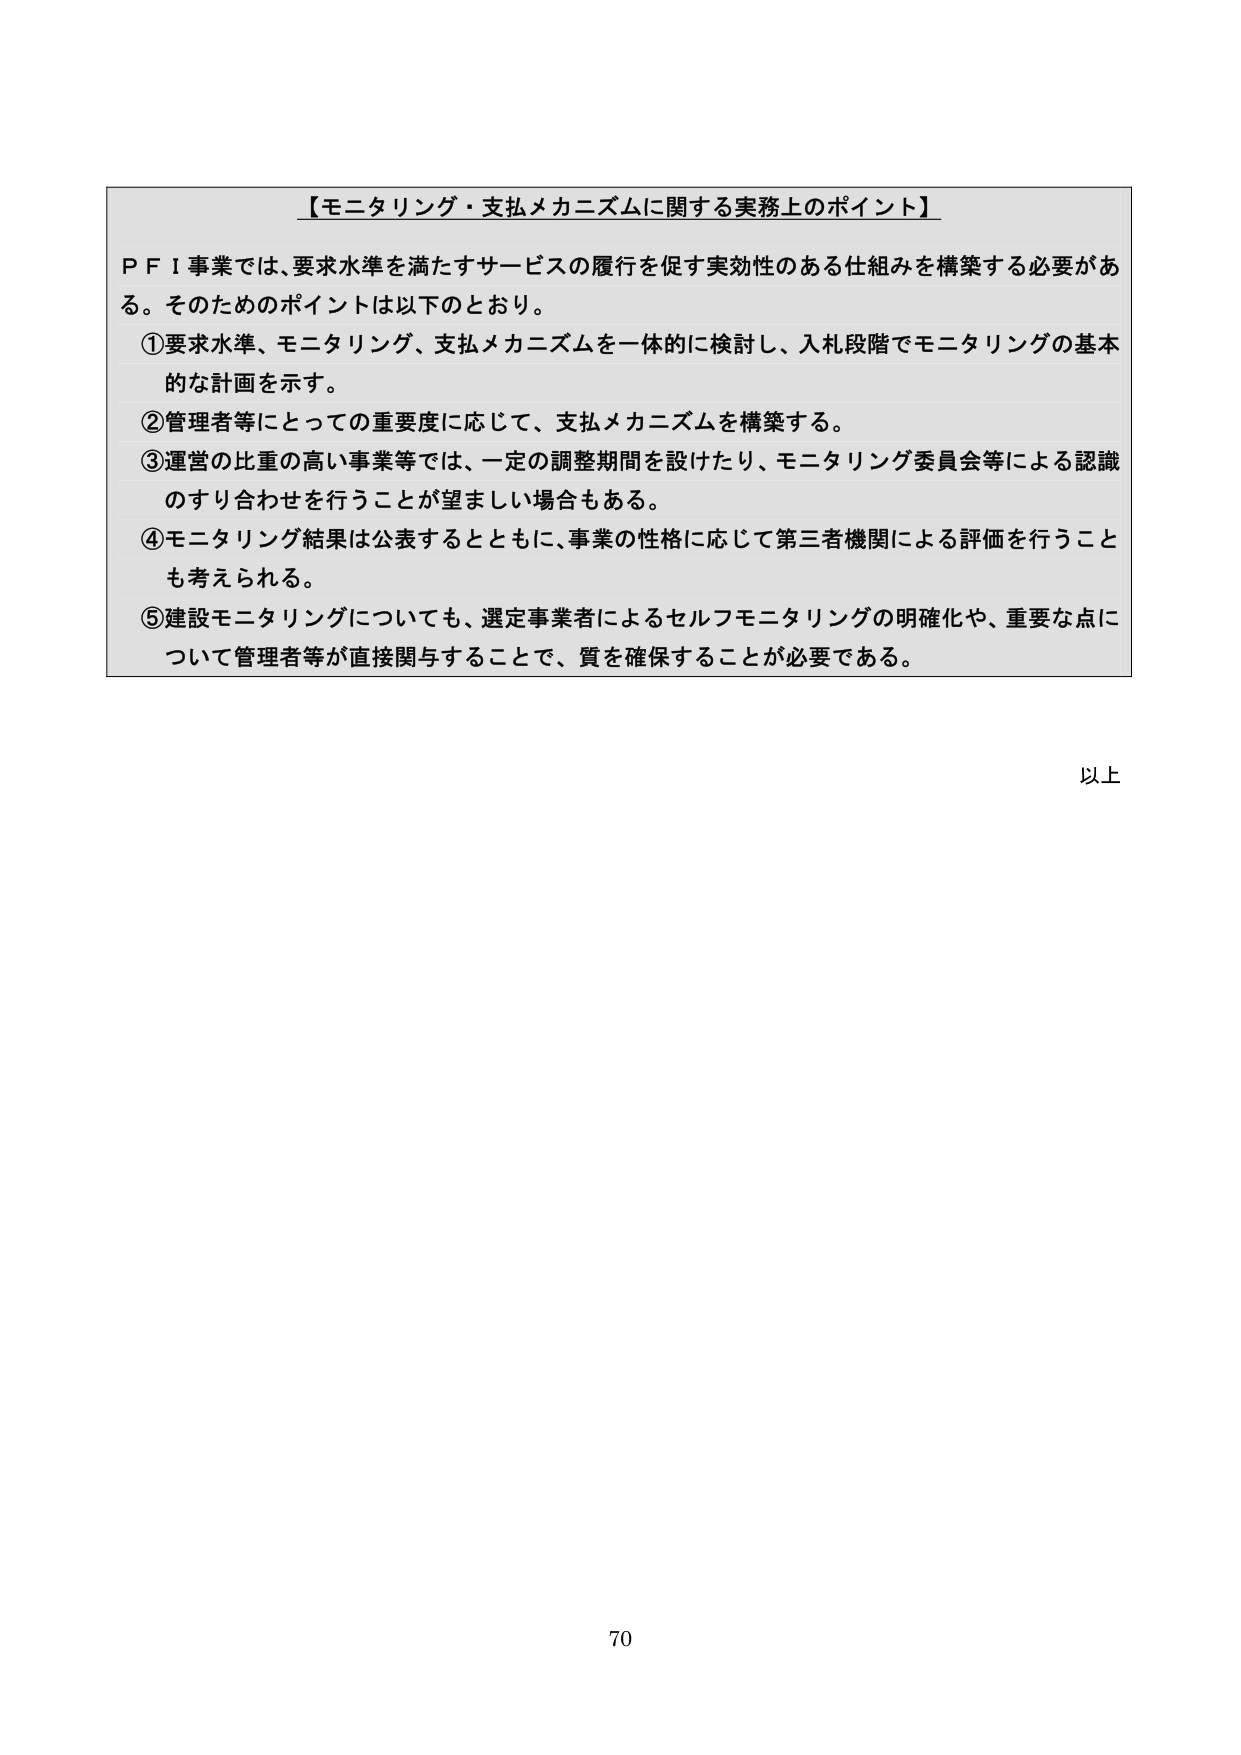
【モニタリング・支払メカニズムに関する実務上のポイント】

ＰＦＩ事業では、要求水準を満たすサービスの履行を促す実効性のある仕組みを構築する必要がある。そのためのポイントは以下のとおり。

①要求水準、モニタリング、支払メカニズムを一体的に検討し、入札段階でモニタリングの基本的な計画を示す。

②管理者等にとっての重要度に応じて、支払メカニズムを構築する。

③運営の比重の高い事業等では、一定の調整期間を設けたり、モニタリング委員会等による認識のすり合わせを行うことが望ましい場合もある。

④モニタリング結果は公表するとともに、事業の性格に応じて第三者機関による評価を行うことも考えられる。

⑤建設モニタリングについても、選定事業者によるセルフモニタリングの明確化や、重要な点について管理者等が直接関与することで、質を確保することが必要である。

以上

70